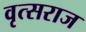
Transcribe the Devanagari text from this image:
वृत्सराज